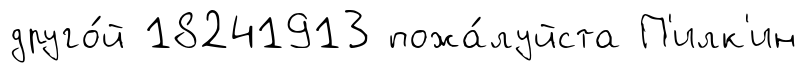
друго́й 18241913 пожа́луйста П'илк'ин